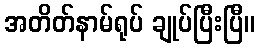
အတိတ်နာမ်ရုပ် ချုပ်ပြီးပြီ။